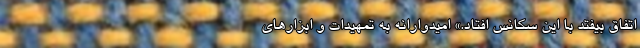
اتفاق بیفتد با این سکانس افتاد.» امیدوارانه به تمهیدات و ابزارهای